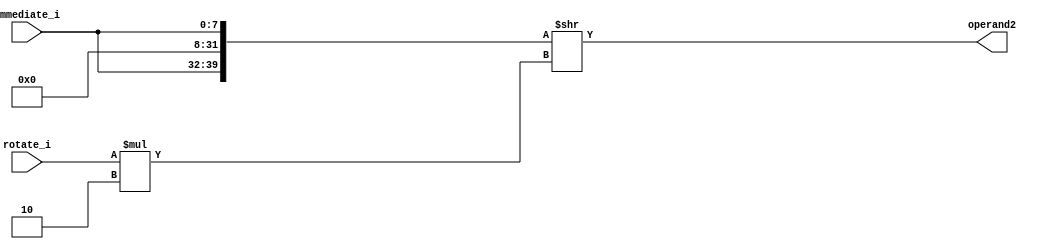
module rotate ( input wire [3:0] rotate_i
        , input wire [7:0] immediate_i
        , output wire [31:0] operand2 );

  wire [39:0] number_rotate;
  assign number_rotate = { immediate_i, 24'b0, immediate_i };
  assign operand2 = number_rotate >> ( rotate_i * 2 );

endmodule